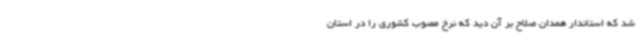
شد که استاندار همدان صلاح بر آن دید که نرخ مصوب کشوری را در استان